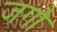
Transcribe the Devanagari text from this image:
जगौ